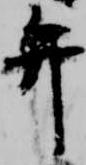
弁